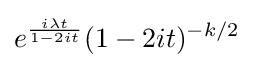
e^{\frac {i\lambda t}{1-2it}}(1-2it)^{-k/2}